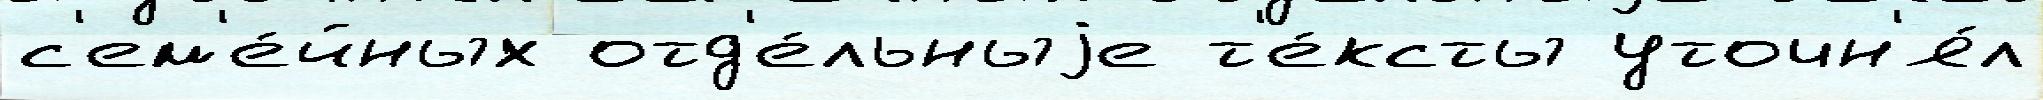
с'ем'е́йных отд'е́льныjе т'е́ксты уточн'я́л